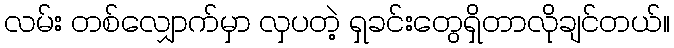
လမ်း တစ်လျှောက်မှာ လှပတဲ့ ရှခင်းတွေရှိတာလိုချင်တယ်။